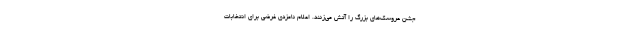
جشن عروسک‌های بزرگ را آتش می‌زنند. اعلام نامزدی غرضی برای انتخابات